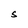
Character: S